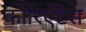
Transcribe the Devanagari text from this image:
कोरिएँटेस